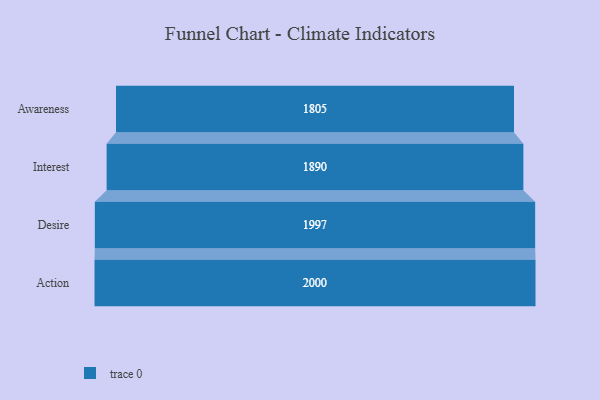
{"axis": {"x": "Stage", "y": "Value"}, "legend": [""], "data": [{"x": "Awareness", "y": 1805.0, "type": ""}, {"x": "Interest", "y": 1890.0, "type": ""}, {"x": "Desire", "y": 1997.0, "type": ""}, {"x": "Action", "y": 2000, "type": ""}]}